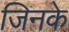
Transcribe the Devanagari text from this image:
जिनके